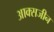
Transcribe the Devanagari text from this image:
आक्सजीन